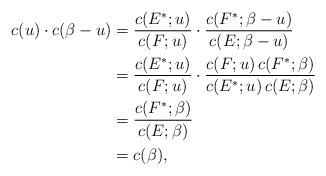
LaTeX: \begin{align*} c(u) \cdot c(\beta-u) &= \frac{c(E^*;u)}{c(F;u)} \cdot \frac{c(F^*;\beta-u)}{c(E;\beta-u)} \\ &= \frac{c(E^*;u)}{c(F;u)}\cdot \frac{c(F;u)\,c(F^*;\beta)}{c(E^*;u)\,c(E;\beta)} \\ &= \frac{c(F^*;\beta)}{c(E;\beta)} \\ &= c(\beta),\end{align*}